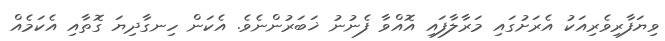
ވިޔަފާރިވެރިއަކު އެރަށުގައި މަރާލާފައި އޮއްވާ ފެނުނު ޚަބަރުންނެވެ. އެކަން ހިނގާދިޔަ ގޮތާއި އެކަމެއް